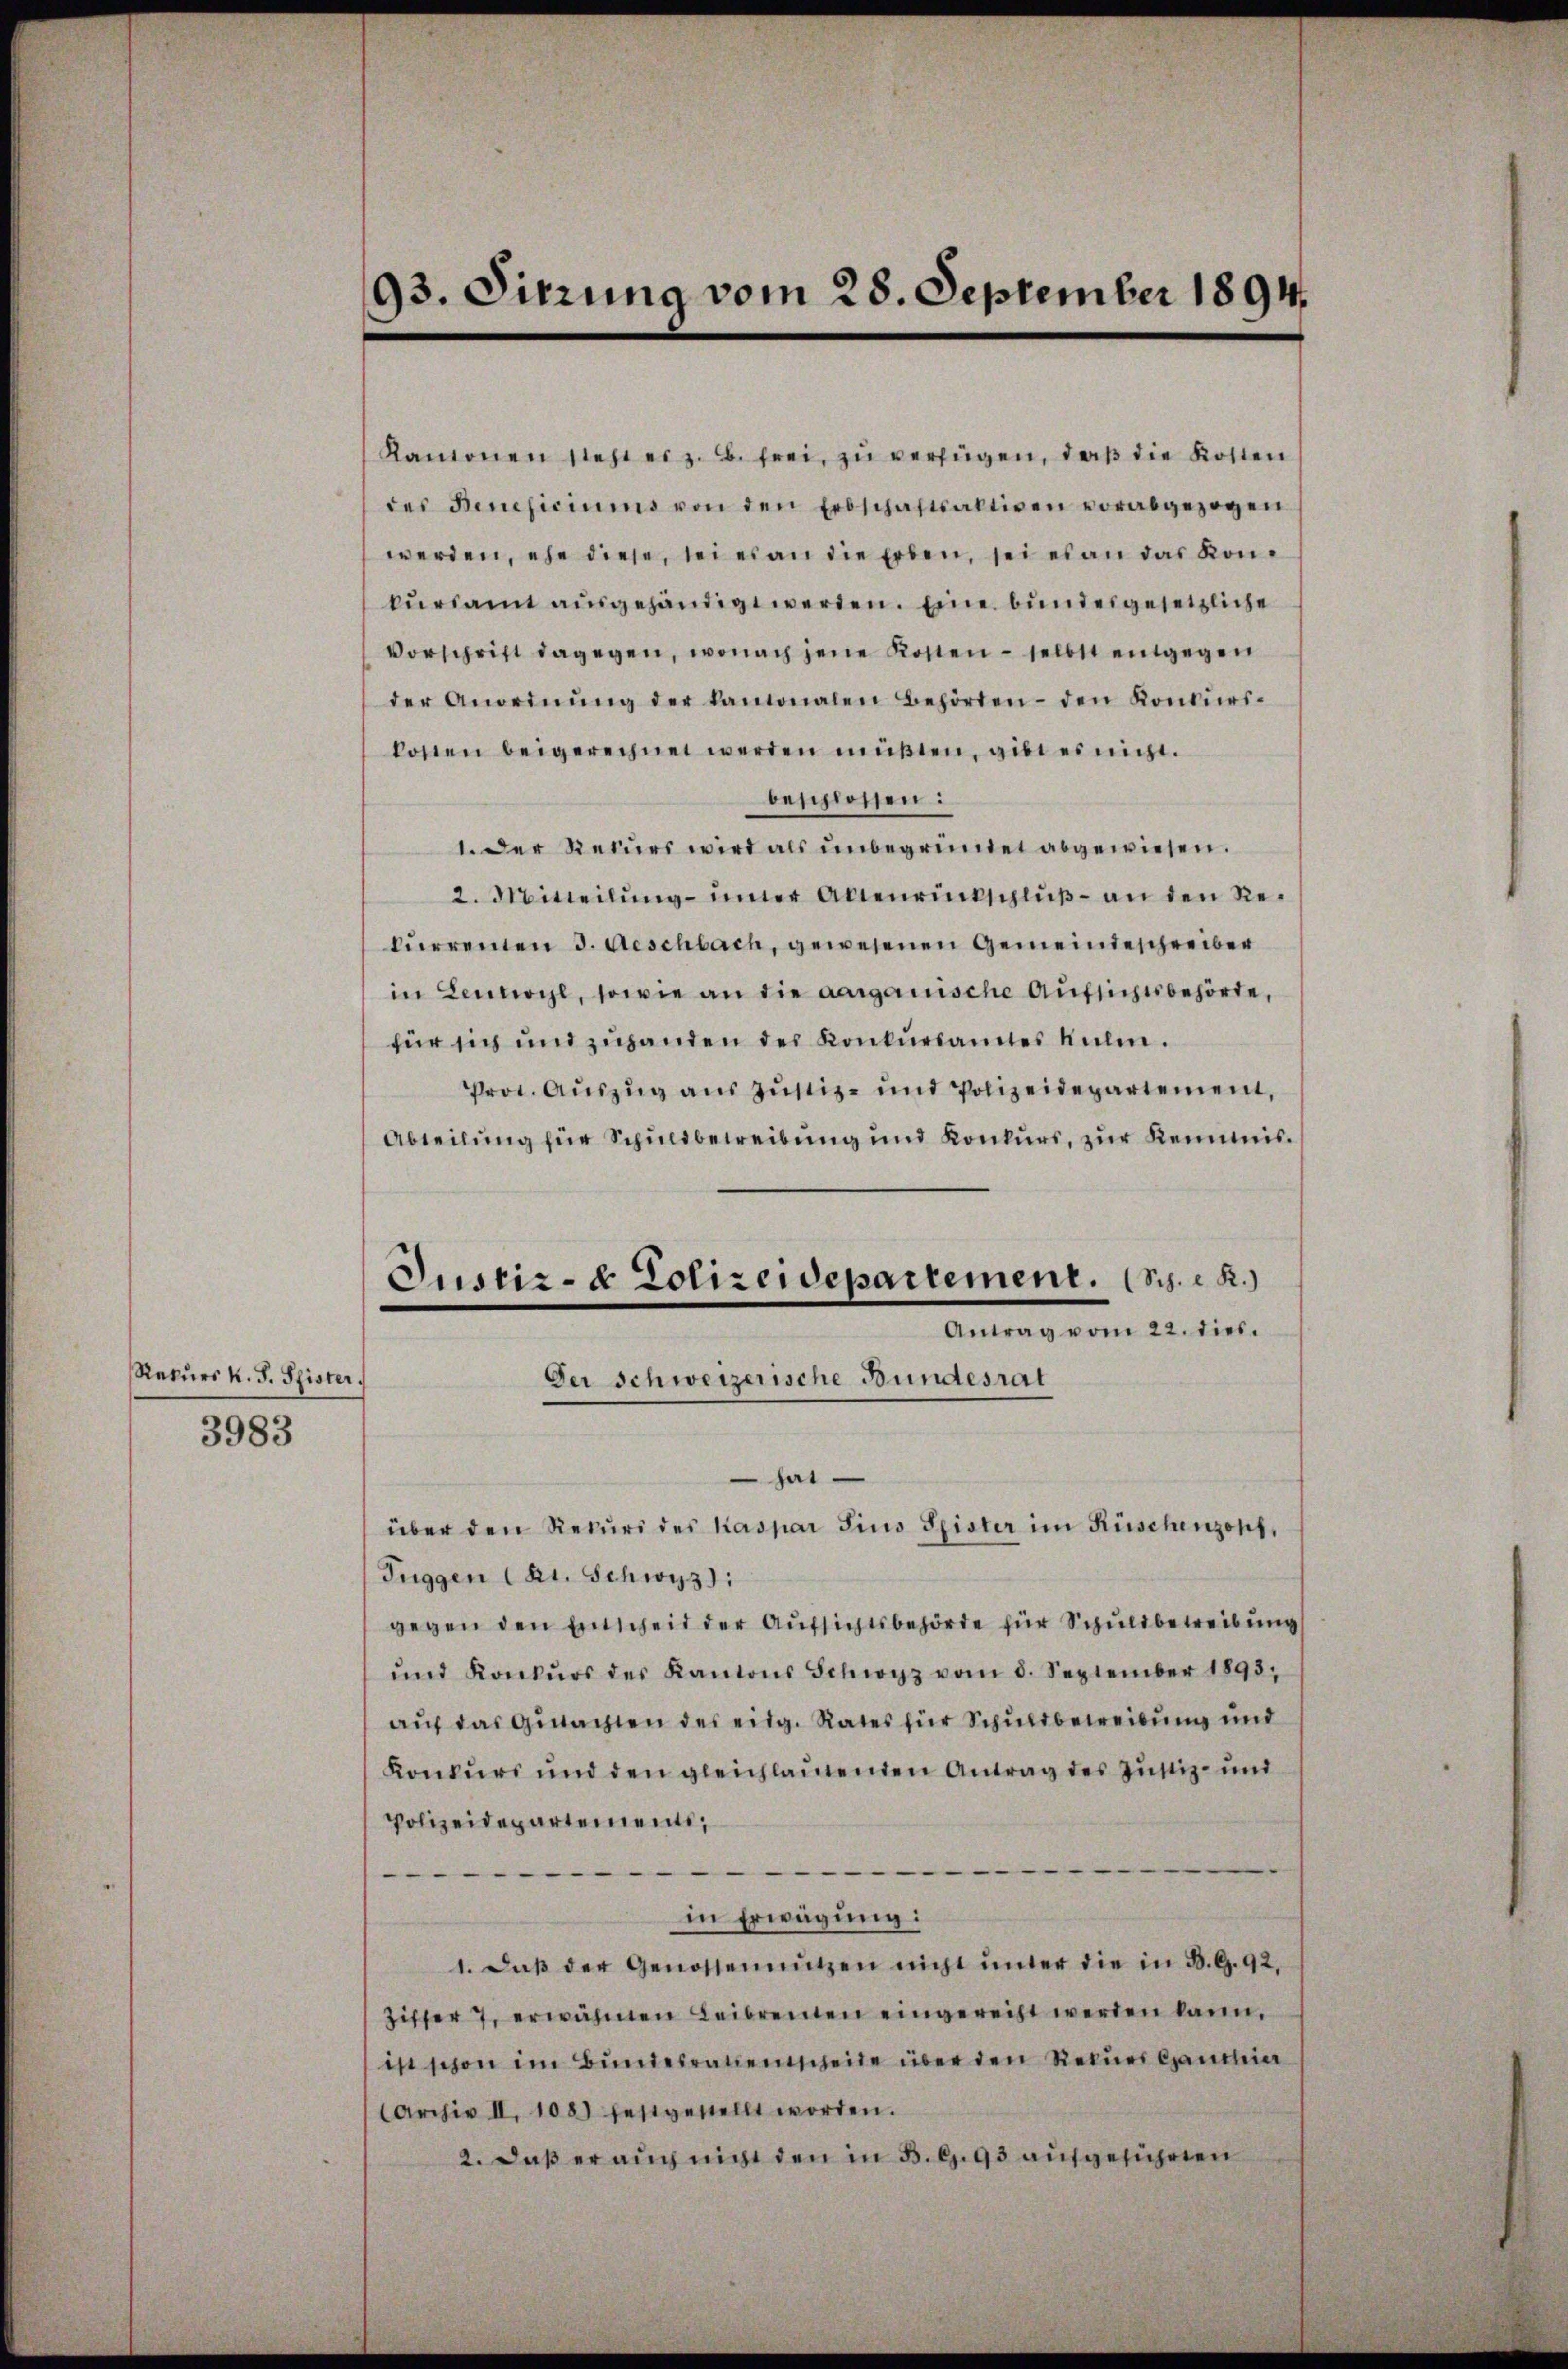
Rekurs k. J. Spister.
3983

93. Sitzung vom 28. September 1894.

Kantonen steher z. B. frei, zu verfügen, daß die Kosten
der Beneficiums von den Erdschaftsaktiven vorabgezogen
werden, ehe diese, sei es an die Erben, sei es an das Konkŭrsamt aŭsgehändigt werden. Eine bundesgesetzliche
Vorschrift dagegen, wonach jene Kosten – selbst entgegen
der Anordnŭng der kamonalen Behörden den Konkŭri-
kosten beigerechnet werden müßten, gibt es nicht.
beschlossen:
1. Der Rekurs wird als unbegründet abgewiesen.
2. Mitteilung unter Altenrückschluß – an den Recurrenten 3. Aeschbach, gewesenen Gemeindeschreiber
in Lennochl, sowie an die aargauische Aufsichtsbehörde,
für sich und zŭhanden der Konkŭrsamtes Mülin.
Prot. Auszug aus Justiz- und Polizeidepartement,
Abteilung für Schuldbetreibung und Konkurs, zur Keimis¬
Justiz- & Polizeidepartement. (Sch. R.)
Antrag vom 22. dies.
Der Schweizerische Bundesrat
hat
über den Rekuri des Kaspar Sind Spister im Rüschenzopf,
Tuggen Kt. Schwyz:
gegen den Entscheid der Aufsichtsbehörde für Schuldbetreibung
ŭnd Konkŭrs des Kantons Schwyz vom 8. September 1893,
auf das Gutachten des eidg. Rates für Schuldbetreibung und
Konkurs und den gleichlauenden Antrag des Justiz- und
Polizeidepartement,
e
in Erwägung:
1. daβ der Genossennützen nicht unter die in B. G. 92.
Ziffer 7, erwähnten Leibrenten eingerecht werden kann,
ist schon im Bundesratentscheide über den Rekurr Candin
(Archiv II. 108 festgestellt worden.
2. daß er auch nicht den in B. G. 93 aufgeführen